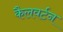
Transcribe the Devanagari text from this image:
कैलवर्टन